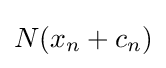
N(x_{n}+c_{n})